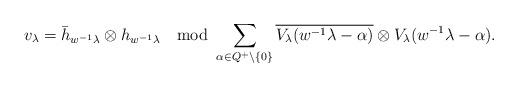
LaTeX: \begin{align*} v_\lambda=\bar h_{w^{-1}\lambda}\otimes h_{w^{-1}\lambda}\mod\sum_{\alpha\in Q^+\setminus\{0\}}\overline{ V_\lambda(w^{-1}\lambda-\alpha)}\otimes V_\lambda(w^{-1}\lambda-\alpha).\end{align*}